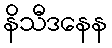
နိသီဒနေန